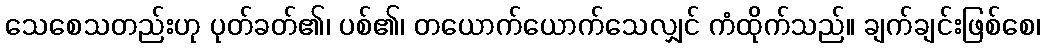
သေစေသတည်းဟု ပုတ်ခတ်၏၊ ပစ်၏၊ တယောက်ယောက်သေလျှင် ကံထိုက်သည်။ ချက်ချင်းဖြစ်စေ၊